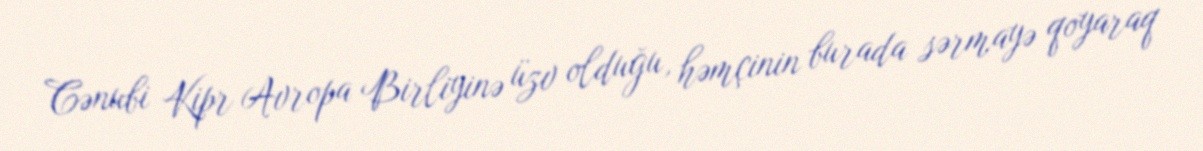
Cənubi Kipr Avropa Birliyinə üzv olduğu, həmçinin burada sərmayə qoyaraq